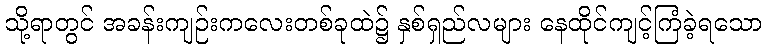
သို့ရာတွင် အခန်းကျဉ်းကလေးတစ်ခုထဲ၌ နှစ်ရှည်လများ နေထိုင်ကျင့်ကြံခဲ့ရသော